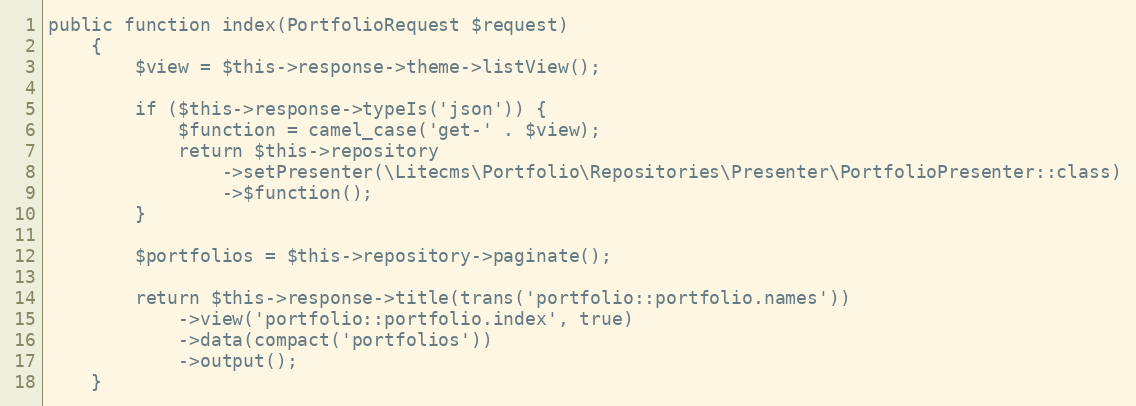
Language: PHP
public function index(PortfolioRequest $request)
    {
        $view = $this->response->theme->listView();

        if ($this->response->typeIs('json')) {
            $function = camel_case('get-' . $view);
            return $this->repository
                ->setPresenter(\Litecms\Portfolio\Repositories\Presenter\PortfolioPresenter::class)
                ->$function();
        }

        $portfolios = $this->repository->paginate();

        return $this->response->title(trans('portfolio::portfolio.names'))
            ->view('portfolio::portfolio.index', true)
            ->data(compact('portfolios'))
            ->output();
    }